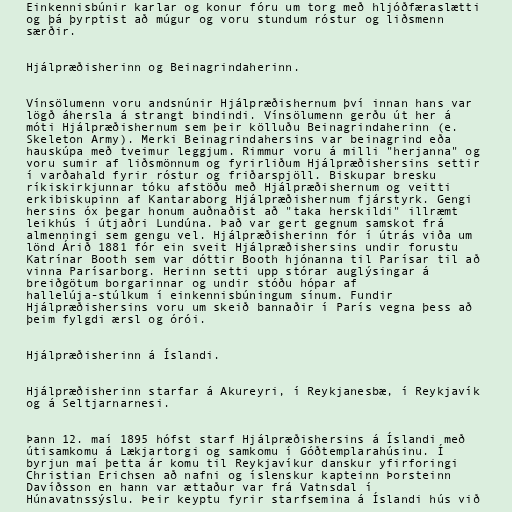
Einkennisbúnir karlar og konur fóru um torg með hljóðfæraslætti
og þá þyrptist að múgur og voru stundum róstur og liðsmenn
særðir.

Hjálpræðisherinn og Beinagrindaherinn.

Vínsölumenn voru andsnúnir Hjálpræðishernum því innan hans var
lögð áhersla á strangt bindindi. Vínsölumenn gerðu út her á
móti Hjálpræðishernum sem þeir kölluðu Beinagrindaherinn (e.
Skeleton Army). Merki Beinagrindahersins var beinagrind eða
hauskúpa með tveimur leggjum. Rimmur voru á milli "herjanna" og
voru sumir af liðsmönnum og fyrirliðum Hjálpræðishersins settir
í varðahald fyrir róstur og friðarspjöll. Biskupar bresku
ríkiskirkjunnar tóku afstöðu með Hjálpræðishernum og veitti
erkibiskupinn af Kantaraborg Hjálpræðishernum fjárstyrk. Gengi
hersins óx þegar honum auðnaðist að "taka herskildi" illræmt
leikhús í útjaðri Lundúna. Það var gert gegnum samskot frá
almenningi sem gengu vel. Hjálpræðisherinn fór í útrás viða um
lönd Árið 1881 fór ein sveit Hjálpræðishersins undir forustu
Katrínar Booth sem var dóttir Booth hjónanna til Parísar til að
vinna Parísarborg. Herinn setti upp stórar auglýsingar á
breiðgötum borgarinnar og undir stóðu hópar af
hallelúja-stúlkum í einkennisbúningum sínum. Fundir
Hjálpræðishersins voru um skeið bannaðir í París vegna þess að
þeim fylgdi ærsl og órói.

Hjálpræðisherinn á Íslandi.

Hjálpræðisherinn starfar á Akureyri, í Reykjanesbæ, í Reykjavík
og á Seltjarnarnesi.

Þann 12. maí 1895 hófst starf Hjálpræðishersins á Íslandi með
útisamkomu á Lækjartorgi og samkomu í Góðtemplarahúsinu. Í
byrjun maí þetta ár komu til Reykjavíkur danskur yfirforingi
Christian Erichsen að nafni og íslenskur kapteinn Þorsteinn
Davíðsson en hann var ættaður var frá Vatnsdal í
Húnavatnssýslu. Þeir keyptu fyrir starfsemina á Íslandi hús við